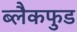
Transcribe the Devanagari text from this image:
ब्लैकफुड